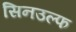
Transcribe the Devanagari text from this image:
सिनउल्फ